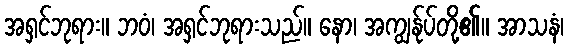
အရှင်ဘုရား။ ဘဝံ၊ အရှင်ဘုရားသည်။ နော၊ အကျွန်ုပ်တို့၏။ အာသနံ၊